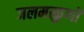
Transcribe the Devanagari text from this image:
जलमत्कुणों